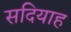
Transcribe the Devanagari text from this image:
सदियाह